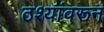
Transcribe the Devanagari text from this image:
ठश्यांवरून